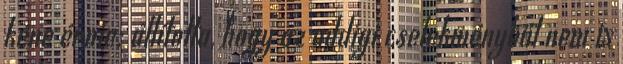
kéne érnie; állította, hogy az addigi cselekményből nem is